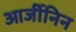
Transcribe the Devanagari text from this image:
आर्जीनिन